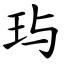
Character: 玙